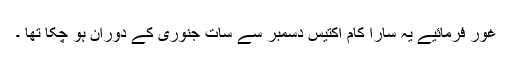
غور فرمائیے یہ سارا کام اکتیس دسمبر سے سات جنوری کے دوران ہو چکا تھا ۔